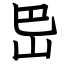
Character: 岊